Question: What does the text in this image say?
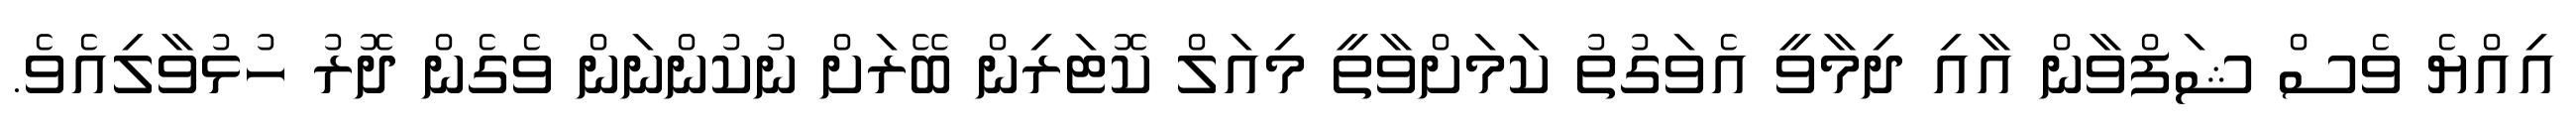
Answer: އިއްޔެ ވެސް ޝަފްވާން އާއި ދިމާވީ އެވަގުތު ކަމަށްވާތީ މިއަލް ކޮޓަރިން ބޭރަށް ނުކުންނަން ވެގެން ދޮރު ހުޅުވާލިއެވެ.